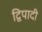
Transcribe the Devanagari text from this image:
द्विपादी